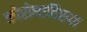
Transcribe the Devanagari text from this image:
कोरोनाविरुस